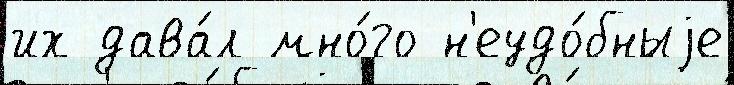
их дава́л мно́го н'еудо́бныjе